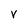
Character: V